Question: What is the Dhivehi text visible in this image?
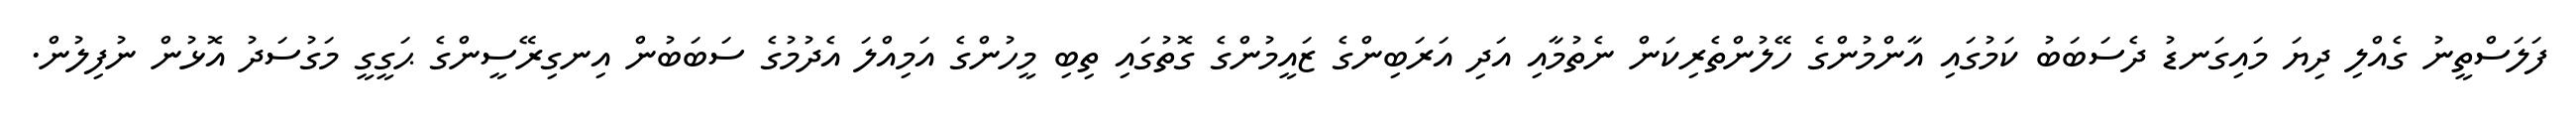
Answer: ފަލަސްތީނު ގެއްލި ދިޔަ މައިގަނޑު ދެސަބަބު ކަމުގައި އާންމުންގެ ހޭލުންތެރިކަން ނެތުމާއި އަދި އަރަބިންގެ ޒައީމުންގެ ގޮތުގައި ތިބި މީހުންގެ އަމިއްލަ އެދުމުގެ ސަބަބުން އިނގިރޭސީންގެ ޙަގީގީ މަގުސަދު އޮޅުން ނުފިލުން.